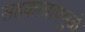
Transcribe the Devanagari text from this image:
सहकायाषमुळे